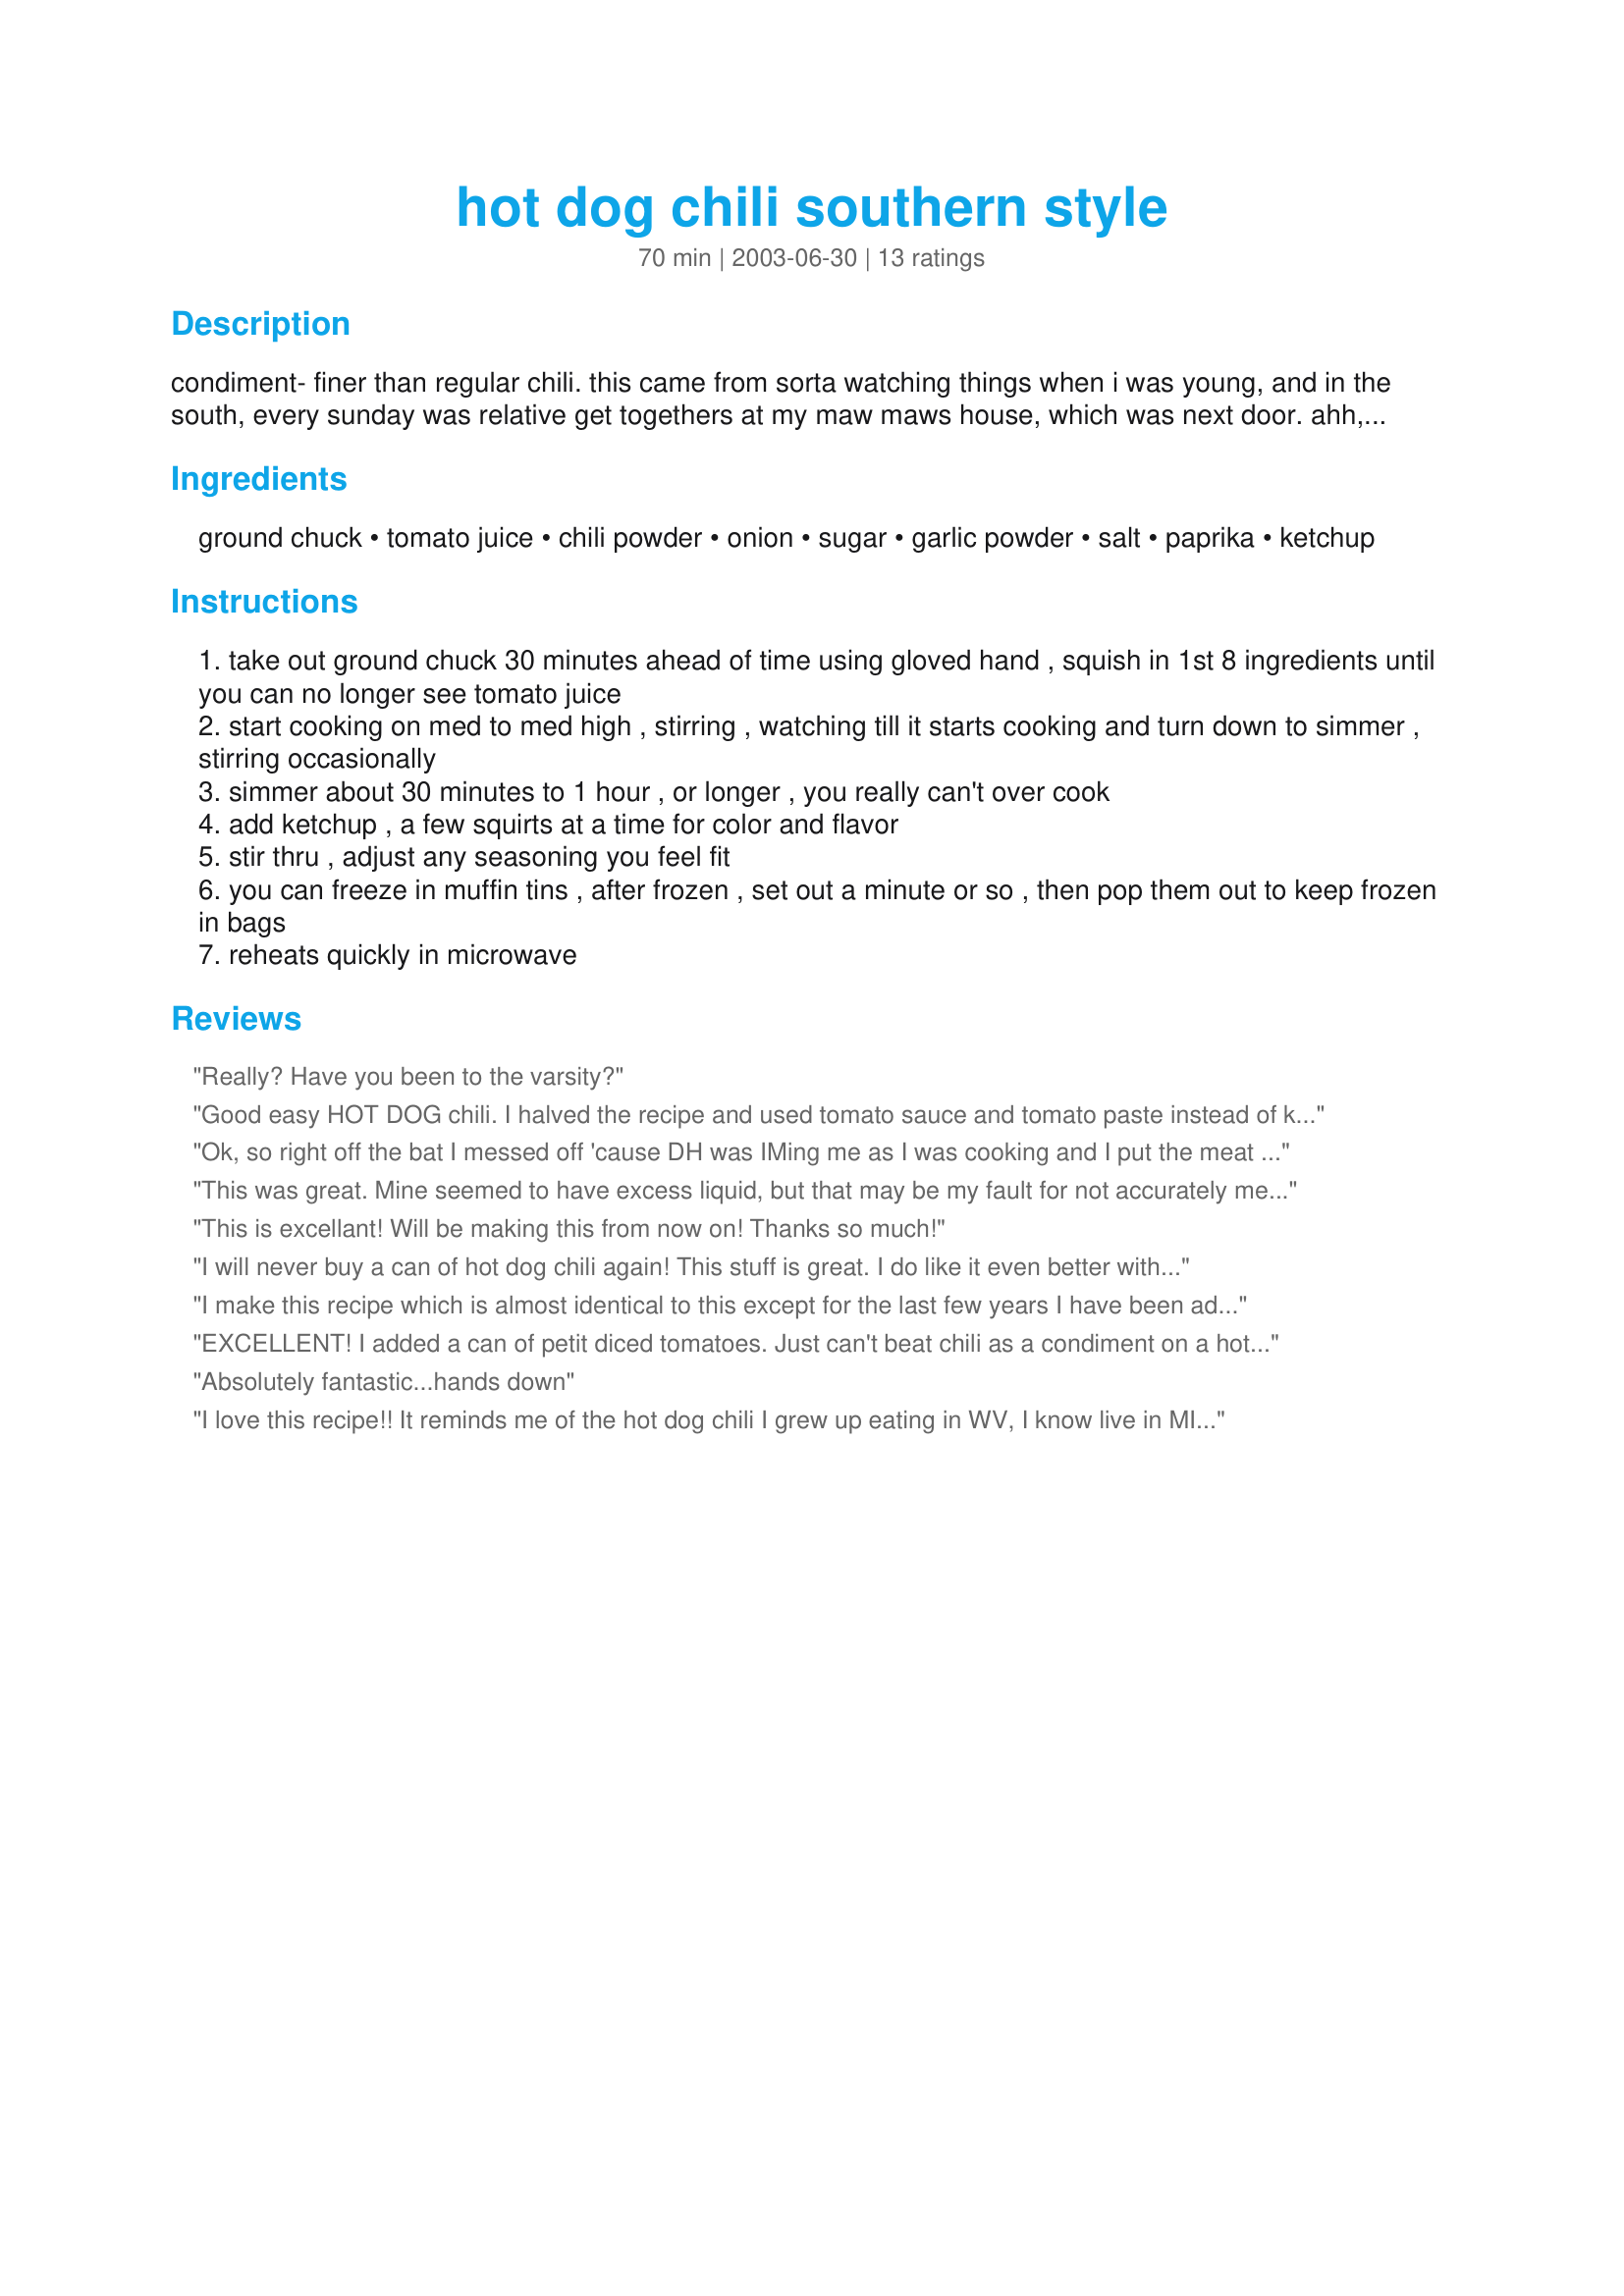
hot dog chili southern style
Preparation time: 70 minutes

condiment- finer than regular chili. this came from sorta watching things when i was young, and in the south, every sunday was relative get togethers at my maw maws house, which was next door. ahh, what fond laid back memories! i kept playing around with what i remembered (she didn't use a glove) and came up with this concoction.and , please, don't forget the coleslaw and onions to go on your dogs!!!

Ingredients:
ground chuck, tomato juice, chili powder, onion, sugar, garlic powder, salt, paprika, ketchup

Steps:
take out ground chuck 30 minutes ahead of time using gloved hand , squish in 1st 8 ingredients until you can no longer see tomato juice
start cooking on med to med high , stirring , watching till it starts cooking and turn down to simmer , stirring occasionally
simmer about 30 minutes to 1 hour , or longer , you really can't over cook
add ketchup , a few squirts at a time for color and flavor
stir thru , adjust any seasoning you feel fit
you can freeze in muffin tins , after frozen , set out a minute or so , then pop them out to keep frozen in bags
reheats quickly in microwave

Reviews:
Really? Have you been to the varsity?
Good easy HOT DOG chili. I halved the recipe and used tomato sauce and tomato paste instead of ketchup with two cloves of fresh garlic. Simmered overnight in the crock pot for a noon picnic. It even impressed the hubby. Thanks so much.
Ok, so right off the bat I messed off 'cause DH was IMing me as I was cooking and I put the meat in the pan with the onion but nothing else. I halved the recipe and added the chili powder to taste rather than measuring. By the end of 2 hours +/- this was very good. Almost tasted like sloppy joes, in fact I may use it as such in the future. Thanks for posting. Next time I'll follow the directions better and I'll update my review when I do.
This was great. Mine seemed to have excess liquid, but that may be my fault for not accurately measuring. I just drained it a bit towards the end. I loved the texture of this and the whole family enjoyed it. Thanks.
This is excellant! Will be making this from now on! Thanks so much!
I will never buy a can of hot dog chili again! This stuff is great. I do like it even better with a little heat, so I add some diced jalapeno. Also, I always throw in some turmeric just for the health benefits.
I make this recipe which is almost identical to this except for the last few years I have been adding about a teaspoon or so of cumin. I also add red pepper flakes. The main trick is getting the ground chuck or lean ground mean (I prefer 97/3 mix) mixed with the wet ingredients first (I use a fork or whisk) before adding heat and continue stirring until beef is cooked. The chili powder is to taste for me. After an hour, I taste it and add more if it needs it. The longer you cook it, the thicker it gets. Put a lid on it when the thickness is to your liking or put in a crock pot if you are having a family gathering and set it on low. I have an aunt in WV who refuses to give me her father-in-laws chili recipe he had at his restaurant (it was the best,) so after years of trial and error I came up with mine which is very close to yours.
EXCELLENT! I added a can of petit diced tomatoes. Just can't beat chili as a condiment on a hot dog! Just goes together like peanut butter and jelly does. It is best to use lean beef. Prepared as a participant in the Southern, Cajun, Creole Sept 2009 Tag Event in the Cooking Photo Forum.
Absolutely fantastic...hands down
I love this recipe!! It reminds me of the hot dog chili I grew up eating in WV, I know live in MI & have been looking for a good hot dog chili recipe. I'm so glad I finally found it!
My husband loves it to & he's also from the south, no northern chili recipe can compare!!

Thanks,
Celena
Try this chili last night, all I can say is Awesome!!!!!!!
I've ate this chili all my life. :) and its the best EVER. Love you mom.
Awesome!!! Just what I have been looking for!!!!
